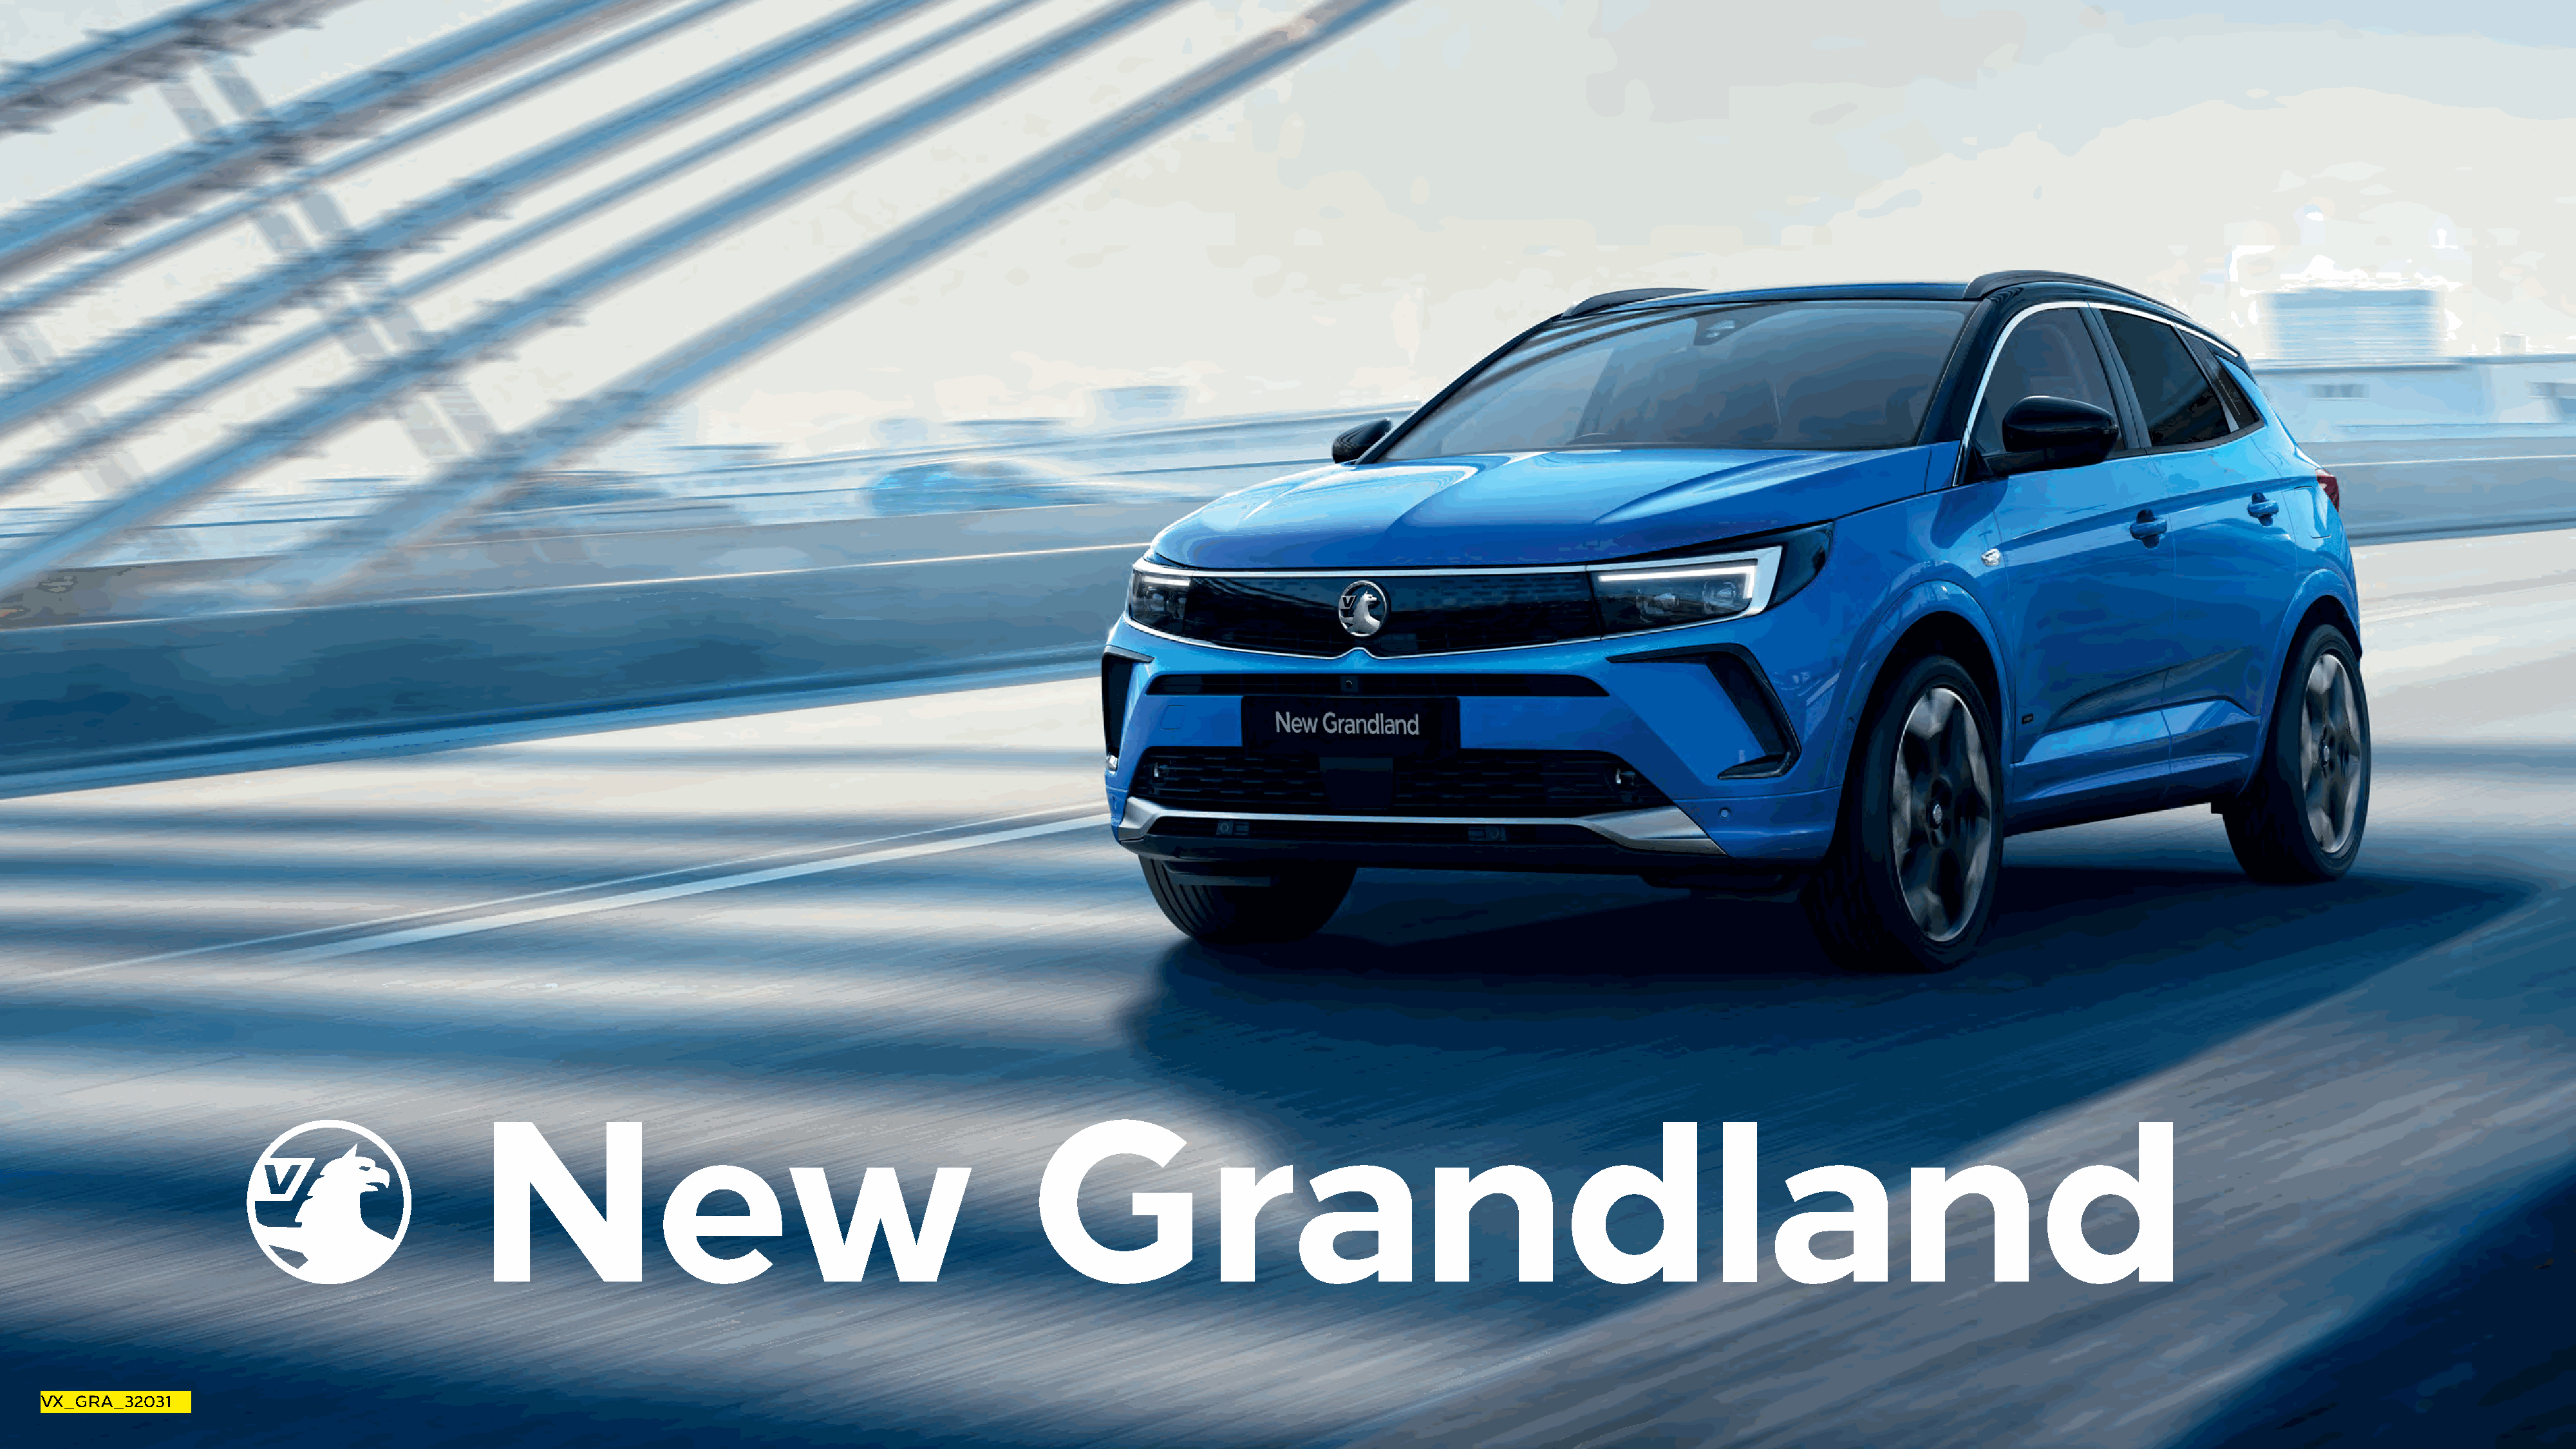
New                                                      Grandland
 VX_GRA_32031